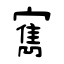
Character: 寯